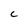
Character: C